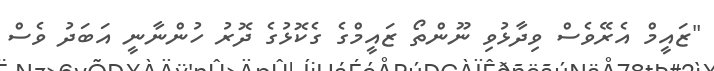
"ޒައީމް އެރޭވެސް ވިދާޅުވި ނޫންތޯ ޒައީމްގެ ގެކޮޅުގެ ދޮރު ހުންނާނީ އަބަދު ވެސް